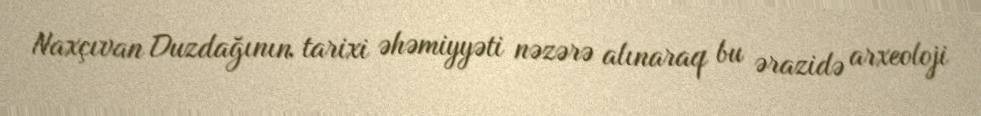
Naxçıvan Duzdağının tarixi əhəmiyyəti nəzərə alınaraq bu ərazidə arxeoloji